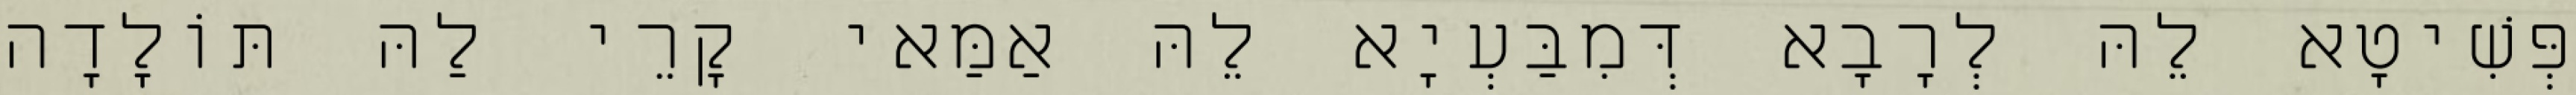
פְּשִׁיטָא לֵהּ לְרָבָא דְּמִבַּעְיָא לֵהּ אַמַּאי קָרֵי לַהּ תּוֹלָדָה